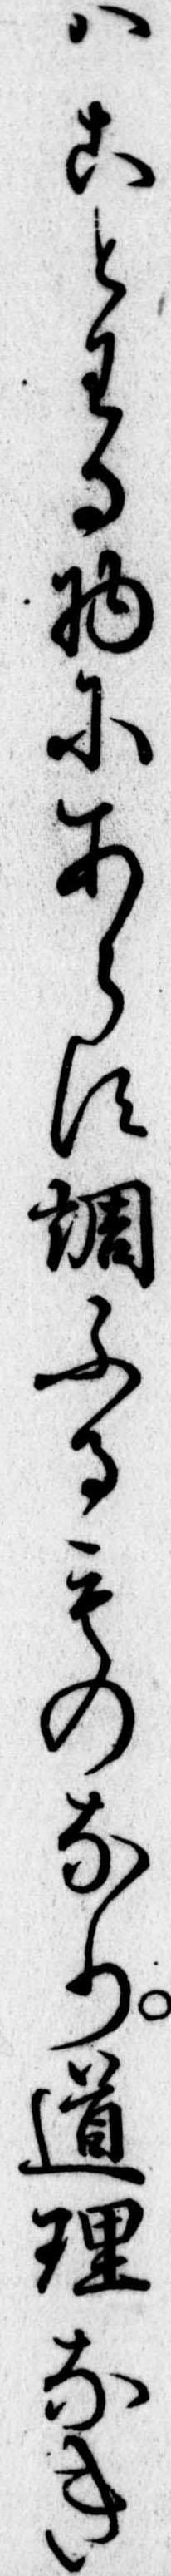
はことわるもにあらす調ふるものなり道理なき